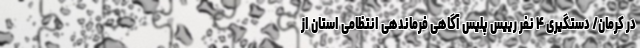
در کرمان/ دستگیری ۴ نفر رییس پلیس آگاهی فرماندهی انتظامی استان از